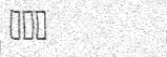
١٢٢